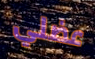
عضلي